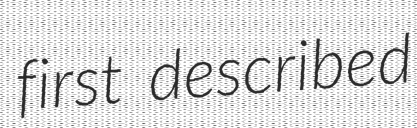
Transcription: first described